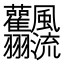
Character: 𩙣